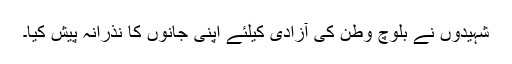
شہیدوں نے بلوچ وطن کی آزادی کیلئے اپنی جانوں کا نذرانہ پیش کیا۔